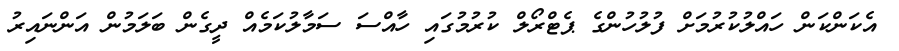
އެކަންކަން ހައްލުކުރުމަށް ފުލުހުންގެ ޕެޓްރޯލް ކުރުމުގައި ހާއްސަ ސަމާލުކަމެއް ދީގެން ބަލަމުން އަންނައިރު